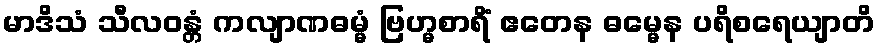
မာဒိသံ သီလဝန္တံ ကလျာဏဓမ္မံ ဗြဟ္မစာရိံ ဧတေန ဓမ္မေန ပရိစရေယျာတိ